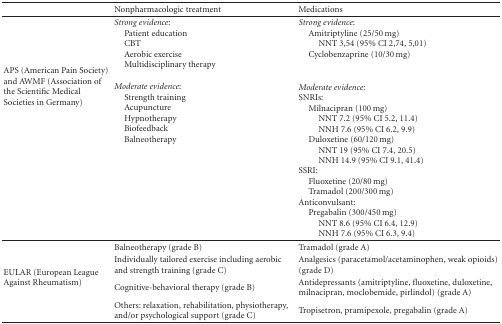
<table><thead><tr><td><b> </b></td><td><b>Nonpharmacologic treatment</b></td><td><b>Medications</b></td></tr></thead><tbody><tr><td rowspan="2">APS (American Pain Society) and AWMF (Association of the Scientific Medical Societies in Germany)</td><td><i>Strong evidence</i>: Patient education CBT Aerobic exercise Multidisciplinary therapy</td><td><i>Strong evidence</i>: Amitriptyline (25/50 mg)NNT 3,54 (95% CI 2,74, 5,01) Cyclobenzaprine (10/30 mg)</td></tr><tr><td><i>Moderate evidence</i>: Strength training Acupuncture Hypnotherapy Biofeedback Balneotherapy</td><td><i>Moderate evidence</i>:SNRIs:Milnacipran (100 mg)NNT 7.2 (95% CI 5.2, 11.4)NNH 7.6 (95% CI 6.2, 9.9) Duloxetine (60/120 mg)NNT 19 (95% CI 7.4, 20.5)NNH 14.9 (95% CI 9.1, 41.4)SSRI:Fluoxetine (20/80 mg) Tramadol (200/300 mg)Anticonvulsant:Pregabalin (300/450 mg)NNT 8.6 (95% CI 6.4, 12.9)NNH 7.6 (95% CI 6.3, 9.4)</td></tr><tr><td rowspan="4">EULAR (European League Against Rheumatism) </td><td>Balneotherapy (grade B)</td><td>Tramadol (grade A)</td></tr><tr><td>Individually tailored exercise including aerobic and strength training (grade C)</td><td>Analgesics (paracetamol/acetaminophen, weak opioids) (grade D)</td></tr><tr><td>Cognitive-behavioral therapy (grade B)</td><td>Antidepressants (amitriptyline, fluoxetine, duloxetine, milnacipran, moclobemide, pirlindol) (grade A)</td></tr><tr><td>Others: relaxation, rehabilitation, physiotherapy, and/or psychological support (grade C)</td><td>Tropisetron, pramipexole, pregabalin (grade A)</td></tr></tbody></table>